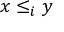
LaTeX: x \leq _ { i } y